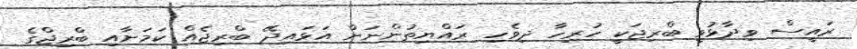
ރައީސް ވިދާޅުވީ ބްރިޖަކީ ހުރިހާ ދިވެހި ރައްޔިތުންނަށް އަޅައިދޭ ބްރިޖެއް ކަމަށާއި ބްރިޖްގެ